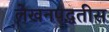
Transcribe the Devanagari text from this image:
लेखनपद्धतीस